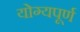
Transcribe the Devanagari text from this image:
योग्यपूर्ण